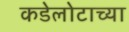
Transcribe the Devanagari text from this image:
कडेलोटाच्या